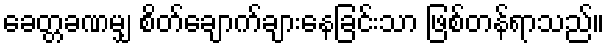
ခေတ္တခဏမျှ စိတ်ချောက်ချားနေခြင်းသာ ဖြစ်တန်ရာသည်။